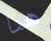
هنا